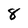
Character: 8